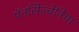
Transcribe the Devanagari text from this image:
पॅनसिल्वेनिया